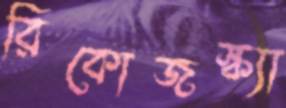
রিকোজস্ক্যা